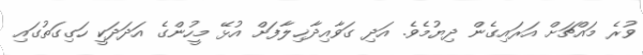
ވުރެ މައްޗަށް އަރައިގެން ދިޔުމެވެ. އަދި ގަވާއިދާޚިލާފަށް އުޅޭ މީހުންގެ އަދަދަކީ ހަގިގަތުގައި